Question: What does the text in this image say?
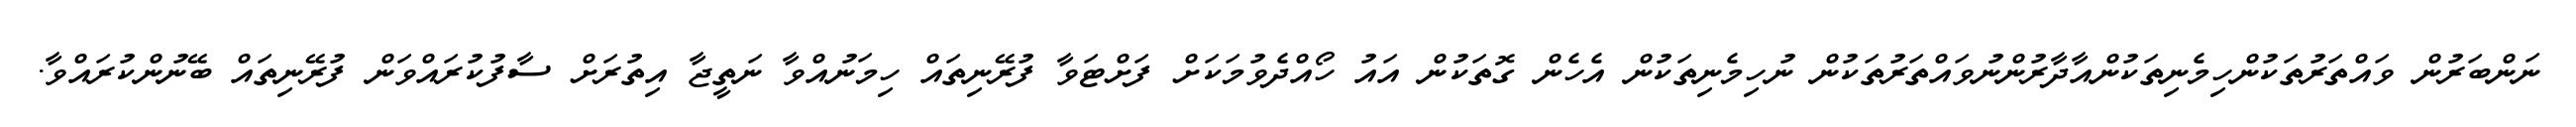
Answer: ނަންބަރުން ވައްތަރުތަކުންހިމެނިތަކުންއާދާރުންނުވައްތަރުތަކުން ނުހިމެނިތަކުން އެހެން ގޮތަކުން އައު ހޯއްދެވުމަކަށް ފަށްޓަވާ ފުރޭނިތައް ހިމަނުއްވާ ނަތީޖާ އިތުރަށް ސާފުކުރައްވަން ފުރޭނިތައް ބޭނުންކުރައްވާ.